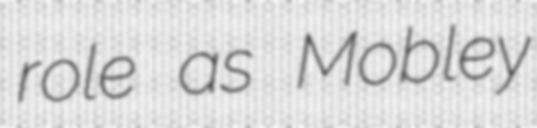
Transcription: role as Mobley